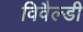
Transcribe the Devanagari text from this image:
विवैल्डी